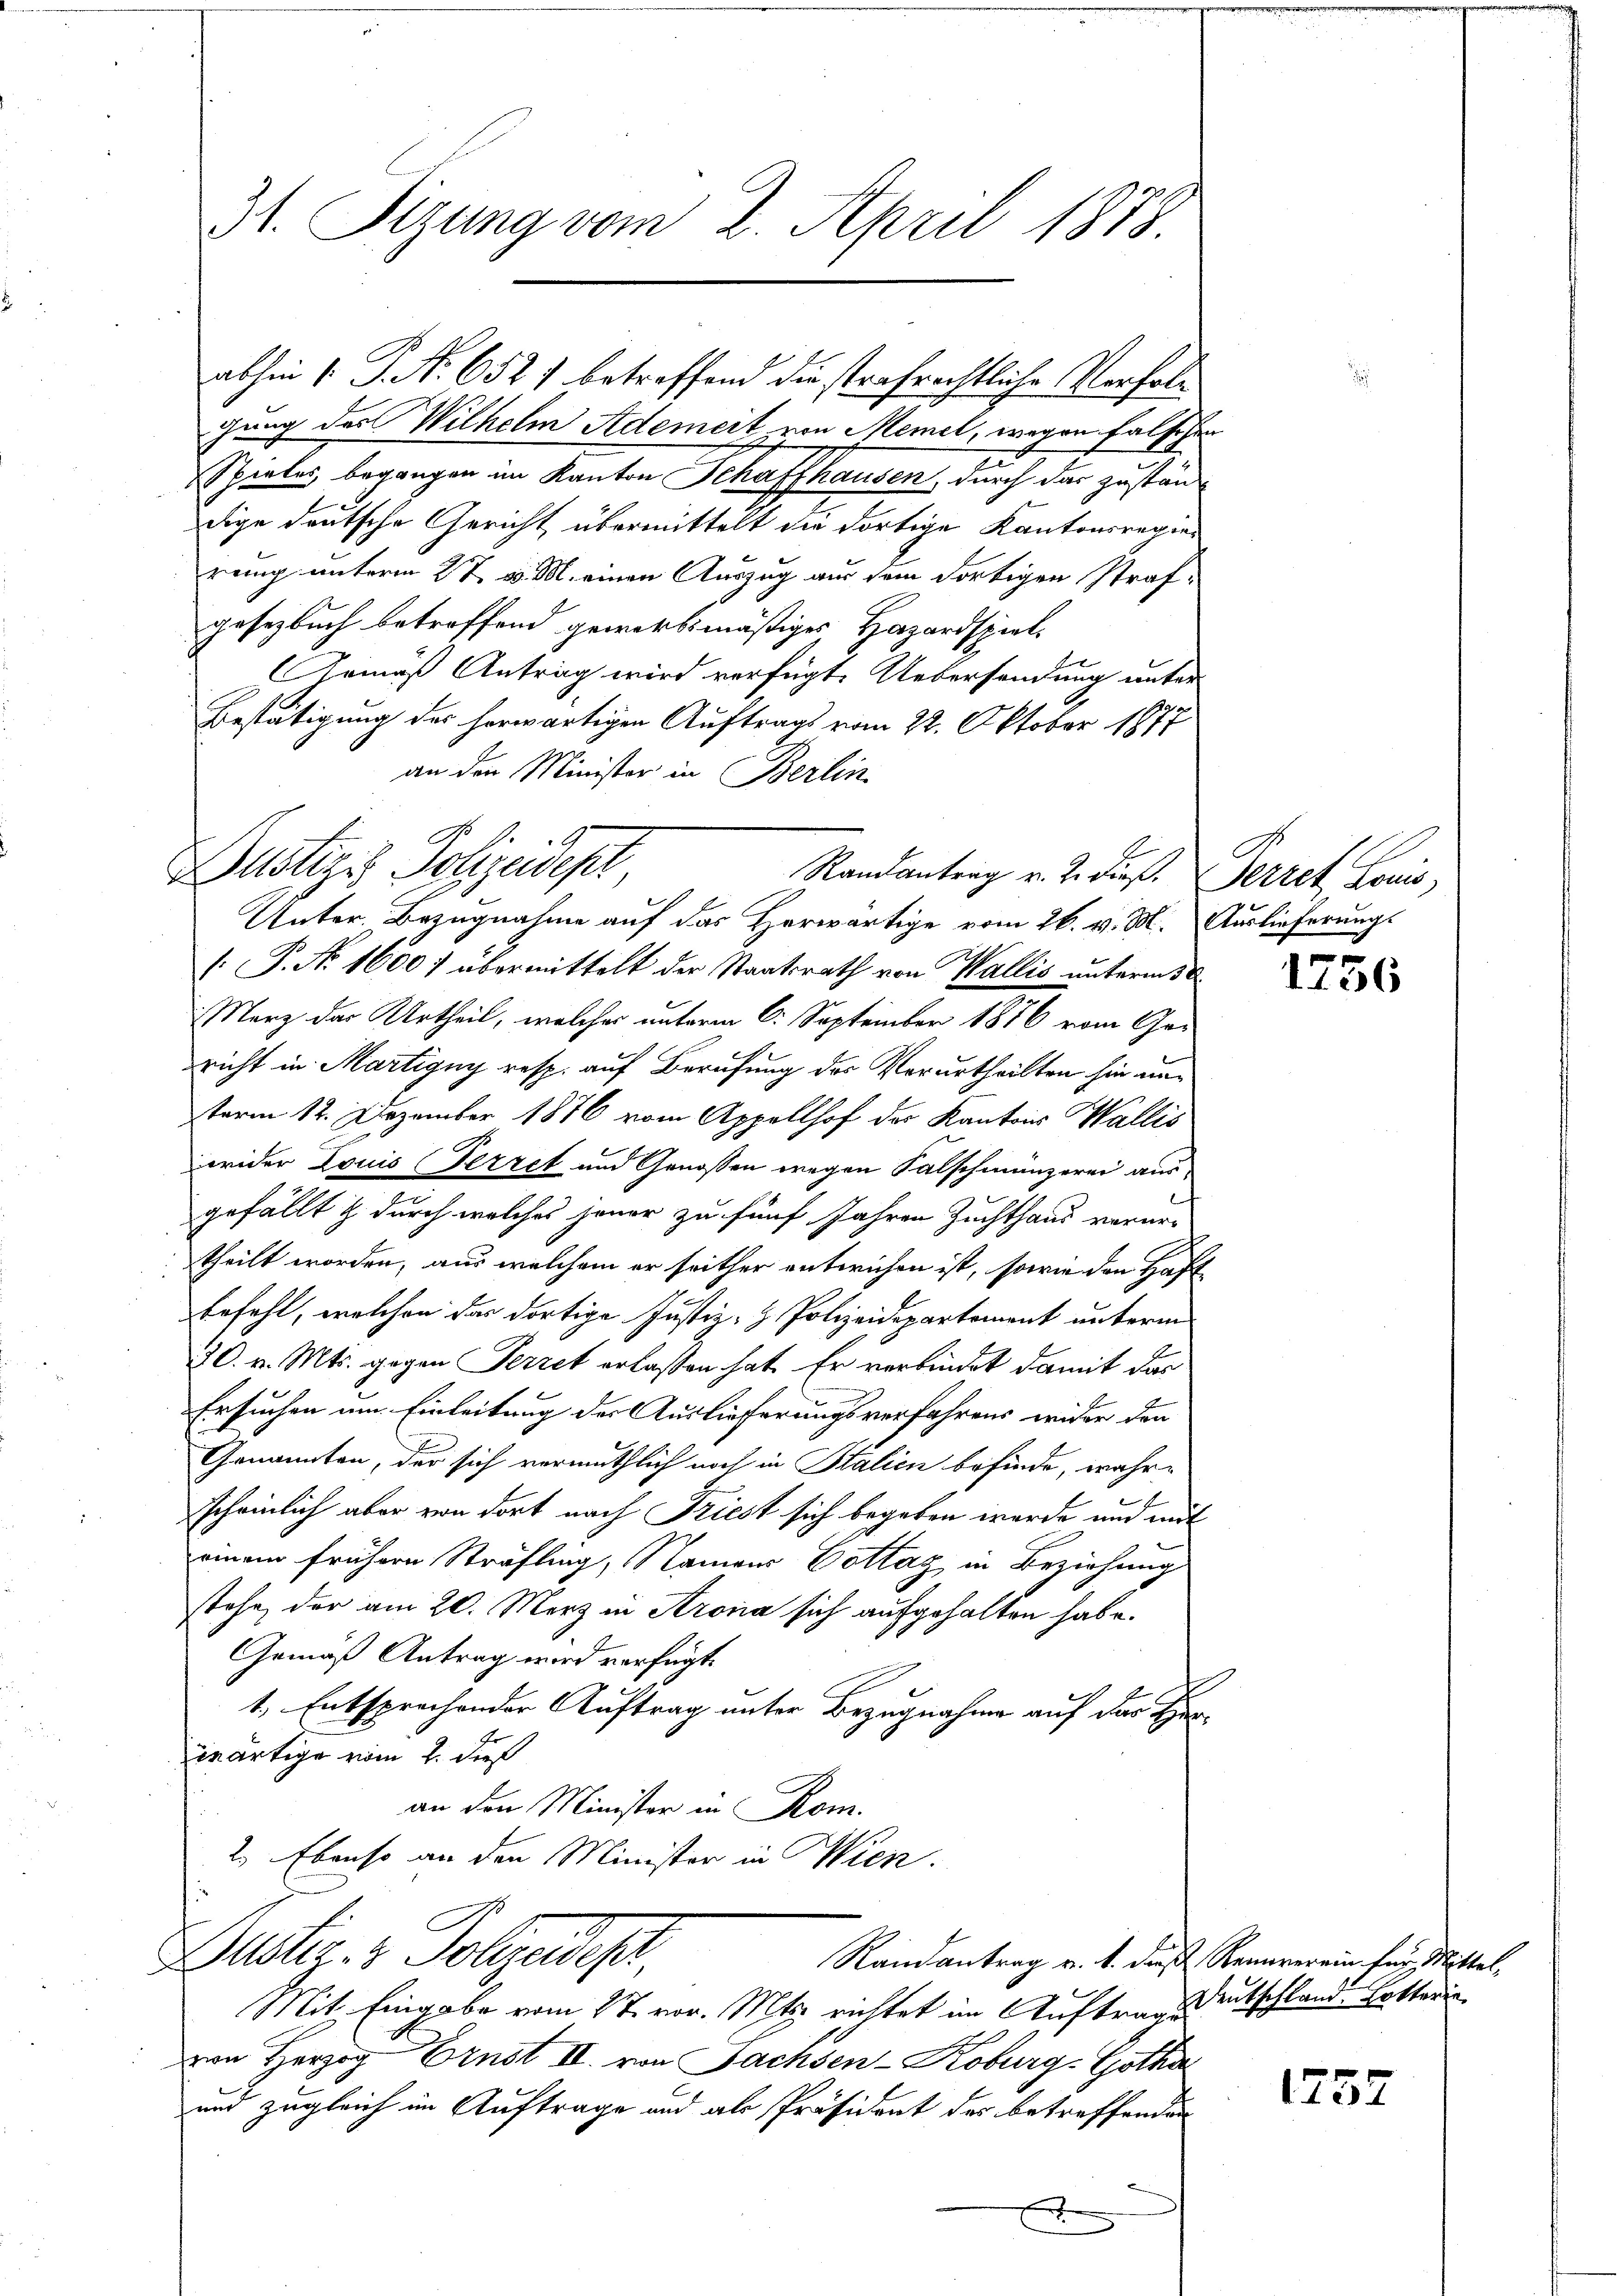
a

3t. Sizung vom 2. April 1878

Dustiz & Polizeidest
Randantrag v. 2. dieß.

gung des Wilhelm Ademeit von Memel, wegen falsch
Spieles begangen im Kanton Schaffhausen, durch das zuständ-
dige deutsche Gericht übermittelt die dortige Kantonsregier
reng unterm 2t v. M. einen Auszug aus dem dortigen Strafgesetzbuch betroffend gewerbsmäßiges Hazardspiel¬
Gemäß Antrag wird verfügte Uebersendung unter
Bestätigung des herwärtigen Auftrags vom 22. Oktober 1877
an den Minister in Berlin.
Unter. Bezugnahme auf das Horwärtige vom 26. v. M. Auslieferungs
[.P. No 16007 übermittelt der Staatsrath von Wallis unterm 5
Merz das Urtheil, welches unterm 6. September 1876 vom Gericht in Martigny resp. auf Berufung des Verurtheilten sie unterm 12. Dezember 1876 vom Appellhof das Kantons Wallis
wider Louis (Fezzet und Genossen wegen Falschmünzerei ausgefällt & durch welches jener zu fünf Jahren Zuchthaus verur-
theilt worden, aus welchem er seither entwichen ist, sowie den Haft
Befehl, welchen der dortige Justiz- & Polizeidepartement unterm
30. v. Mts. gegen Fezzet erlassen hat. Er verbindet damit das
Ersuchen um Einleitung der Auslieferungsverfahrens wider den
Genannten, der sich vermuthlich noch in Stalien befinde, währe
sscheinlich aber von dort nach Friest sich begeben wurde und mit
einem frühere Sträfling, Namen Dottag in Beziehung
stehe, der am 20. Merz in Krona sich aufgehalten habe.
Gemäß Antrag wird verfügt.
1., Entsprochender Auftrag unter Bezugnahme auf der He
inartige vom 1. daß
an den Minister in Rom.
2. Ebenso an den Minister in Wien.
Justiz- & Polizeides
Randantrag v. h. dieß Renoverein für Mittel,
Mit Eingabe vom 27. vor. Mts. richtet im Auftrags deutschland. Hatterin
von Herzog Ernst II. von Sachsen-Koburg-Gotha
und zugleich im Auftrage und als Präsident der betreffenden
f

abhin (: P. Nr. 6521 betreffend die strafrechtliche Verfol¬

Terrat Louis

1756

1757